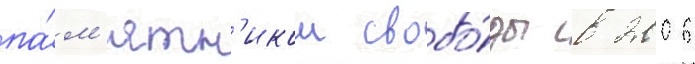
па́м'ятн'иком свобо́ды в 2006